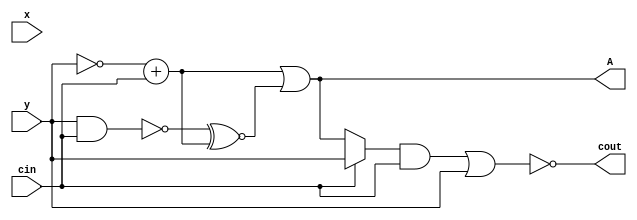
module top
(
 input x,
 input y,
 input cin,

 output A,
 output cout
 );

 wire A1,cout1;

assign A1 =  ~y + &cin;
assign cout1 = cin ? |y : ^A;

assign A =  A1|y~&cin~^A1;
assign cout =  cout1&cin~|y;

endmodule